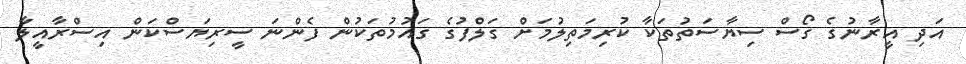
އަދި އީރާނުގެ ގޯސް ސިޔާސަތުތަކާ ކުރިމަތިލުމަށް ގަލްފުގެ ގައުމުތަކުން ފެންނަ ސީރިޔަސްކަން އިސްރާއީލާ